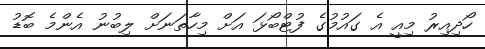
ހޯދިއިރު މިއީ އެ ގައުމުގެ ފުޓްބޯޅަ އަށް މިހާތަނަށް ލިބުނު އެންމެ ބޮޑު